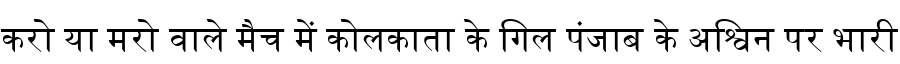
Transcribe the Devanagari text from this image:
करो या मरो वाले मैच में कोलकाता के गिल पंजाब के अश्विन पर भारी